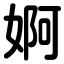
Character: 婀